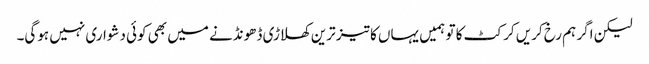
لیکن اگر ہم رخ کریں کرکٹ کا تو ہمیں یہاں کا تیز ترین کھلاڑی ڈھونڈنے میں بھی کوئی دشواری نہیں ہوگی۔